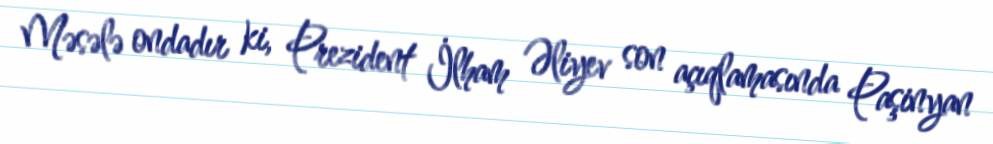
Məsələ ondadır ki, Prezident İlham Əliyev son açıqlamasında Paşinyan